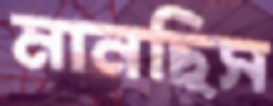
মানছিস